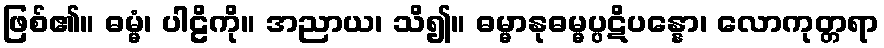
ဖြစ်၏။ ဓမ္မံ၊ ပါဠိကို။ အညာယ၊ သိ၍။ ဓမ္မာနုဓမ္မပ္ပဋိပန္နော၊ လောကုတ္တရာ